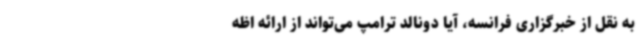
به نقل از خبرگزاری فرانسه، آیا دونالد ترامپ می‌تواند از ارائه اظه